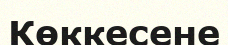
Көккесене